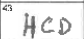
Transcription: HCD